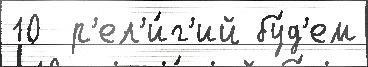
10  р'ел'и́г'ий бу́д'ем